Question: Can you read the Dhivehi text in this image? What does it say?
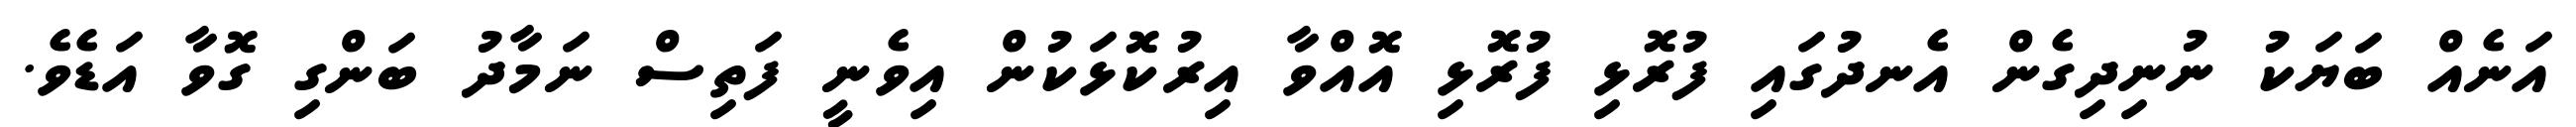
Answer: އަނެއް ބަޔަކު ނުނިދިގެން އެނދުގައި ފުރޮޅި ފުރޮޅި އޮއްވާ އިރުކޮޅަކުން އިވެނީ ފަތިސް ނަމާދު ބަންގި ގޮވާ އަޑެވެ.